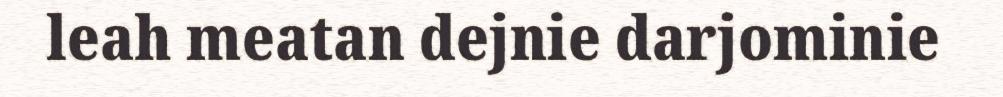
leah meatan dejnie darjominie